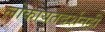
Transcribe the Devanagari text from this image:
लोकायतदर्शनही